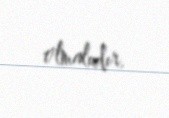
olmalıdır.